Report on vaccination in Madras 1922-1929 - 1922-1929
Year: 1922
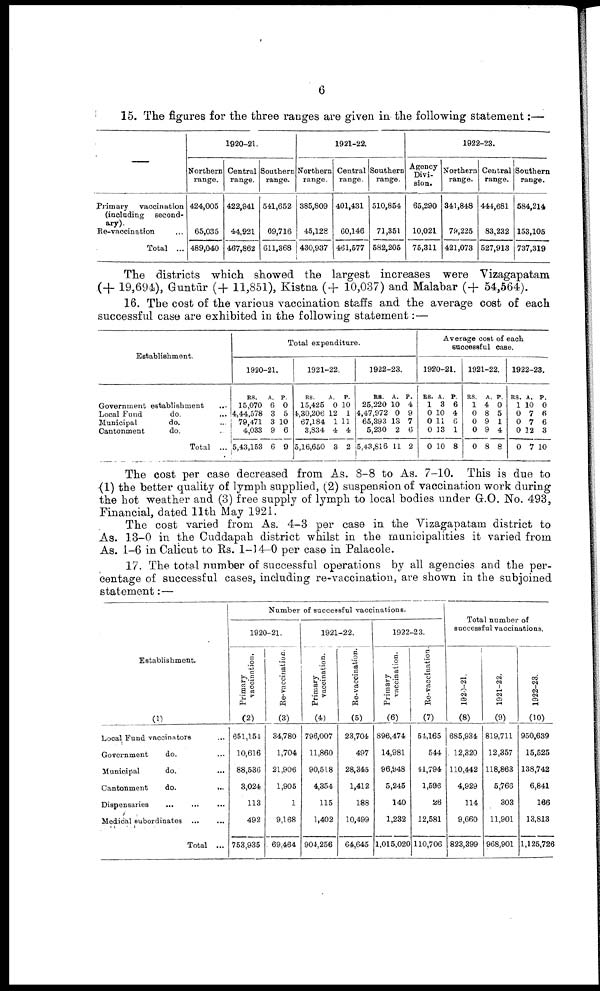
6
15. The figures for the three ranges are given in the following statement:—
—
Primary
vaccination
(including second
ary).
Re-vaccination
Total ...
1920-21.
Northern
range.
424,005
65,035
489,040
Central
range.
422,941
44,921
467,862
Southern
range.
541,652
69,716
611,368
1921-22.
Northern
range.
385,809
45,128
430,937
Central
range.
401,431
60,146
461,577
Southern
range.
510,854
71,351
582,205
1922-23.
Agency
Divi
sion.
65,290
10,021
75,311
Northern
range.
341,848
79,225
421,073
Central
range.
444,681
83,232
527,913
Southern
range.
584,214
153,105
737,319
The districts which showed the largest increases were Vizagapatam
(+19,694), Guntūr (+ 11,851), Kistna (+ 10,037) and Malabar (+ 54,564).
16. The cost of the various vaccination staffs and the average cost of each
successful case are exhibited in the following statement:—
Establishment.
Government establishment
...
Local Fund
do. ...
Municipal
do. ...
Cantonment
do. ...
Total ...
Total expenditure.
1920-21.
RS.
15,070
4,44,578
79,471
4,033
5,43,153
A.
6
3
3
9
6
P.
0
5
10
6
9
1921-22.
RS.
15,425
4,30,206
67,184
3,834
5,16,650
A.
0
12
1
4
3
P.
10
1
11
4
2
1922-23.
RS.
25,220
4,47,972
65,393
5,230
5,43,816
A.
10
0
13
2
11
P.
4
9
V
6
2
Average cost of each
successful case.
1920-21.
RS.
1
0
0
0
0
A.
3
10
11
13
10
P.
6
4
6
1
8
1921-22.
RS.
1
0
0
0
0
A
4
8
9
9
8
P.
0
5
1
4
8
1922-23.
RS.
1
0
0
0
0
A.
10
7
7
12
7
P.
0
6
6
3
10
The cost per case decreased from As. 8-8 to As. 7-10. This is due to
(1) the better quality of lymph supplied, (2) suspension of vaccination work during
the hot weather and (3) free supply of lymph to local bodies under G.O. No. 493,
Financial, dated 11th May 1921.
The cost varied from As. 4-3 per case in the Vizagapatam district to
As. 13-0 in the Cuddapah district whilst in the municipalities it varied from
As. 1-6 in Calicut to Rs. 1-14-0 per case in Palacole.
17. The total number of successful operations by all agencies and the per
centage of successful cases, including re-vaccination, are shown in the subjoined
statement:—
Establishment.
(1)
Local Fund vaccinators ...
Government
do. ...
Municipal
do. ...
Cantonment
do.
...
Dispensaries ... ... ...
Medical subordinates ...
...
Total ...
Number of successful vaccinations.
1920-21.
Primary
vaccination.
(2)
651,154
10,616
88,536
3,024
113
492
753,935
Re-vaccination.
(3)
34,780
1,704
21,906
1,905
1
9,168
69,464
1921-22.
Primary
vaccination.
(4)
796,007
11,860
90,518
4,354
115
1,402
904,256
Re-vaccination.
(5)
23,704
497
28,345
1,412
188
10,499
64,645
1922-23.
Primary
vaccination.
(6)
896,474
14,981
96,948
5,245
140
1,232
1,015,020
Re-vaccination.
(7)
54,165
544
41,794
1,596
28
12,581
110,706
Total number of
successful vaccinations.
1920-21.
(8)
685,934
12,320
110,442
4,929
114
9,660
823,399
1921-22.
(9)
819,711
12,357
118,863
5,766
303
11,901
968,901
1922-23.
(10)
950,639
15,525
138,742
6,841
166
13,813
1,125,726